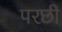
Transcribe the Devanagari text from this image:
परछी